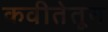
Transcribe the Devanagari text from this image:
कवीतेतून